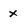
Character: x